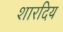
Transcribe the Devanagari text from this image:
शारदिय